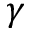
\gamma